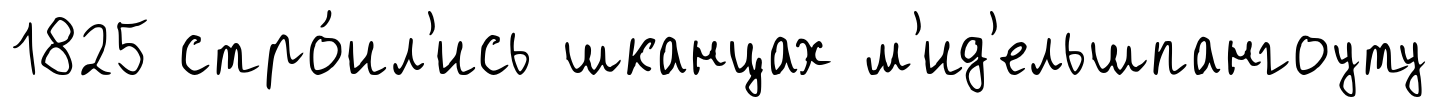
1825 стро́ил'ись шканцах м'ид'ельшпангоуту